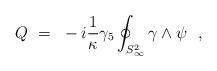
LaTeX: \begin{align*}Q~=~ -i{1\over{\kappa}} \gamma_5\oint_{S^2_\infty} \gamma\wedge\psi\ \ ,\end{align*}